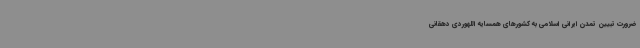
ضرورت تبیین تمدن ایرانی اسلامی به کشورهای همسایه اللهوردی دهقانی